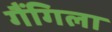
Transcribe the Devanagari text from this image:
गैंगिला